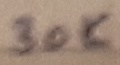
Text: 30K